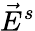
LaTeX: \vec{E}^{s}